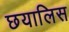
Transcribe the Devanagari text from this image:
छयालिस